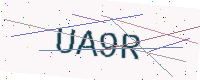
Text: UA9R